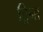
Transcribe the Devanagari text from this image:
ट्रिना